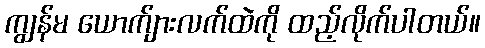
ကျွန်မ ယောက်ျားလက်ထဲကို ထည့်လိုက်ပါတယ်။